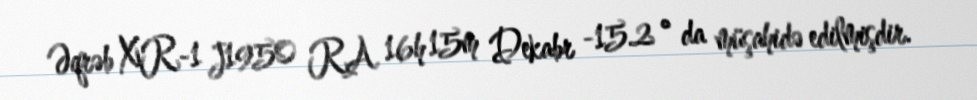
Əqrəb XR-1 J1950 RA 16h 15m Dekabr -15.2 ° da müşahidə edilmişdir.